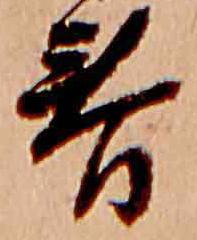
春